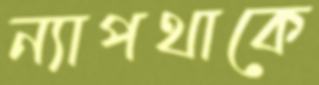
ন্যাপথাকে